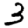
Digit: 3